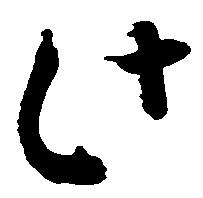
此